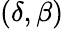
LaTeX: (\delta,\beta)